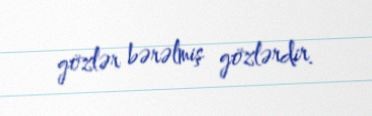
gözlər bərəlmiş gözlərdir.